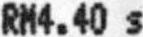
RM4.40 S